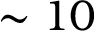
\sim 1 0